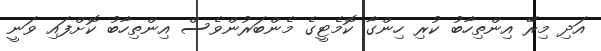
އަދި މިރޭ އިންތިހާބު ކުރި ހިންގާ ކޮމެޓީގެ މެންބަރުންވެސް އިންތިހާބު ކޮށްފައި ވަނީ